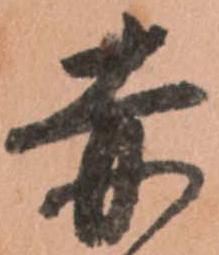
赤